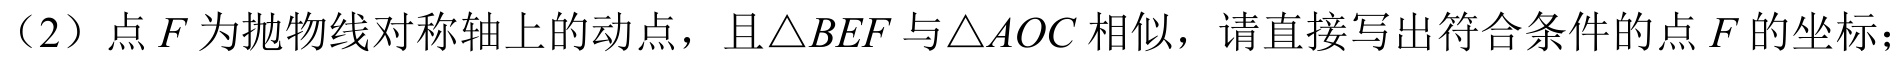
（2）点\(F\)为抛物线对称轴上的动点，且\(\triangle BEF\)与\(\triangle AOC\)相似，请直接写出符合条件的点\(F\)的坐标；